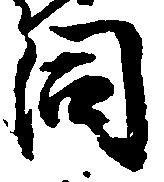
同